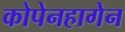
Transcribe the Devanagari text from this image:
कोपेनहागेन